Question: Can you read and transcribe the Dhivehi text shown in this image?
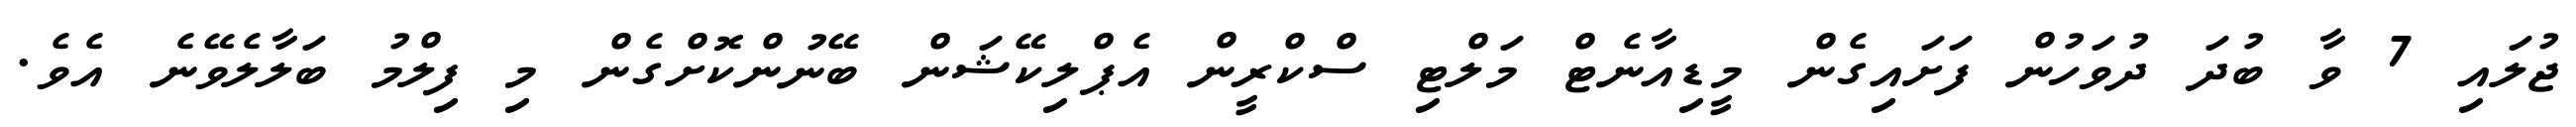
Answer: ޖުލައި 7 ވާ ބުދަ ދުވަހުން ފަށައިގެން މީޑިއާނެޓް މަލްޓި ސްކްރީން އެޕްލިކޭޝަން ބޭނުންކޮށްގެން މި ފިލްމު ބަލާލެވޭނެ އެވެ.